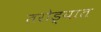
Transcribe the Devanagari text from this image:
तरोड्यात